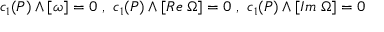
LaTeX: c _ { 1 } ( P ) \wedge [ \omega ] = 0 ~ , ~ c _ { 1 } ( P ) \wedge [ R e \; \Omega ] = 0 ~ , ~ c _ { 1 } ( P ) \wedge [ I m \; \Omega ] = 0